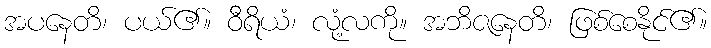
အပနေတိ၊ ပယ်၏။ ဝီရိယံ၊ လုံ့လကို။ အဘိဇနေတိ၊ ဖြစ်စေနိုင်၏။